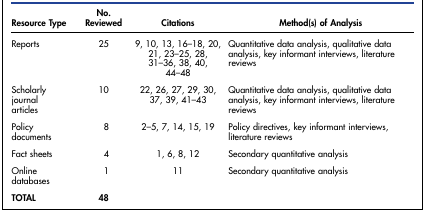
<table><thead><tr><td><b>Resource Type</b></td><td><b>No. Reviewed</b></td><td><b>Citations</b></td><td><b>Method(s) of Analysis</b></td></tr></thead><tbody><tr><td>Reports</td><td>25</td><td>9, 10, 13, 16–18, 20, 21, 23–25, 28, 31–36, 38, 40, 44–48</td><td>Quantitative data analysis, qualitative data analysis, key informant interviews, literature reviews</td></tr><tr><td>Scholarly journal articles</td><td>10</td><td>22, 26, 27, 29, 30, 37, 39, 41–43</td><td>Quantitative data analysis, qualitative data analysis, key informant interviews, literature reviews</td></tr><tr><td>Policy documents</td><td>8</td><td>2–5, 7, 14, 15, 19</td><td>Policy directives, key informant interviews, literature reviews</td></tr><tr><td>Fact sheets</td><td>4</td><td>1, 6, 8, 12</td><td>Secondary quantitative analysis</td></tr><tr><td>Online databases</td><td>1</td><td>11</td><td>Secondary quantitative analysis</td></tr><tr><td><b>TOTAL</b></td><td><b>48</b></td><td></td><td></td></tr></tbody></table>